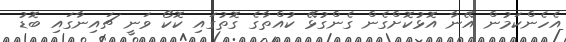
އެހެންކަމުން އޭނާ އޮޅުކޮށްގެން ގެންގުޅޭ ކުއްތާގެ ގޮތުގައި ކޮކޯ ވަނީ ޗައިނާގައި ބޮޑު